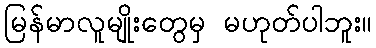
မြန်မာလူမျိုးတွေမှ မဟုတ်ပါဘူး။